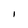
Character: I